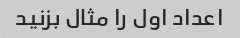
اعداد اول را مثال بزنید